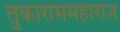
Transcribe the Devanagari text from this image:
तुकाराममहाराज